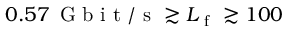
0 . 5 7 \, \mathrm { ~ G ~ b ~ i ~ t ~ / ~ s ~ } \gtrsim L _ { \mathrm { ~ f ~ } } \gtrsim 1 0 0